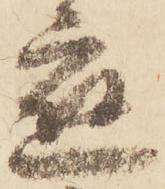
応